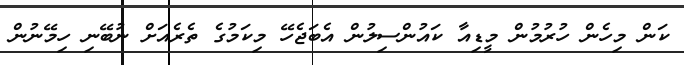
ކަން މިހެން ހުރުމުން މީޑިއާ ކައުންސިލުން އެބަޖެހޭ މިކަމުގެ ތެރެއަށް ނުބޭނި ހިމޭނުން